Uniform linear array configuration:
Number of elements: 12
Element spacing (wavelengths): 1
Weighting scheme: hamming
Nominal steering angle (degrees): -15
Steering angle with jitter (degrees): -13.61
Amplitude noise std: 0.05
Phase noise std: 0.05

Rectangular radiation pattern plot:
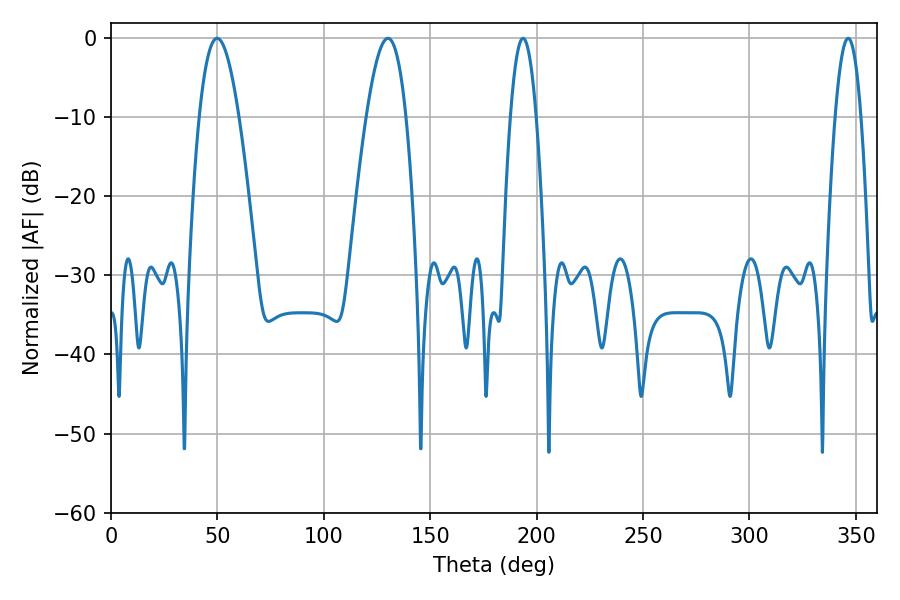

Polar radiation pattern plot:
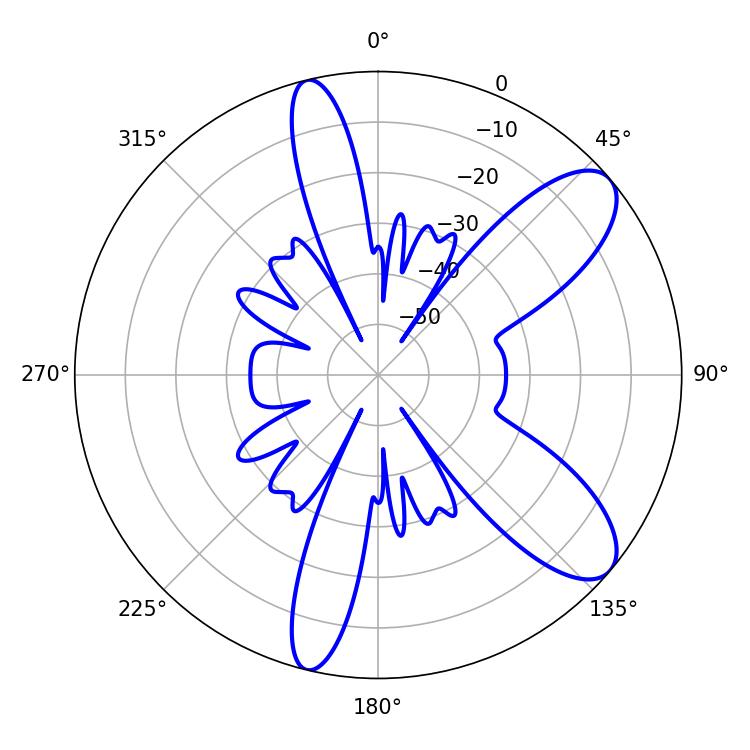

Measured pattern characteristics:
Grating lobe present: TRUE
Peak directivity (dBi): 9.296
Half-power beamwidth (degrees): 10.26
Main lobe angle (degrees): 49.86